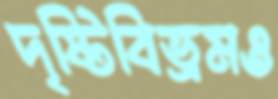
দৃষ্টিবিভ্রমও